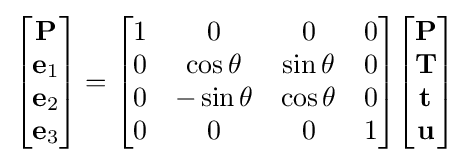
{\begin{bmatrix}\mathbf {P} \\\mathbf {e} _{1}\\\mathbf {e} _{2}\\\mathbf {e} _{3}\end{bmatrix}}={\begin{bmatrix}1&0&0&0\\0&\cos \theta &\sin \theta &0\\0&-\sin \theta &\cos \theta &0\\0&0&0&1\end{bmatrix}}{\begin{bmatrix}\mathbf {P} \\\mathbf {T} \\\mathbf {t} \\\mathbf {u} \end{bmatrix}}